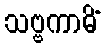
သဗ္ဗကာမိံ